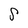
Character: S